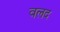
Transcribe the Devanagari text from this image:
वलद